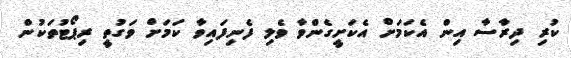
ކުރި ދިރާސާ އިން އެކަމަށް އެކަށީގެންވާ ވެލި ފެނިފައިވާ ކަމަށް ވަގުތީ ރިޕޯޓުތަކުން